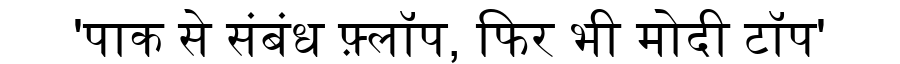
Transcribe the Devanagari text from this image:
'पाक से संबंध फ़्लॉप, फिर भी मोदी टॉप'